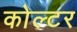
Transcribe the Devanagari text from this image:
कोल्टर